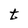
Character: t